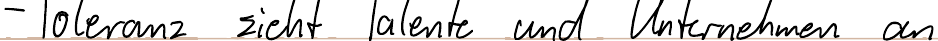
- Toleranz zieht Talente und Unternehmen an